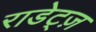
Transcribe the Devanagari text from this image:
राडेट्ज़